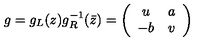
g = g _ { L } ( z ) g _ { R } ^ { - 1 } ( \bar { z } ) = \left( \begin{array} { c c } { u } & { a } \\ { - b } & { v } \\ \end{array} \right)